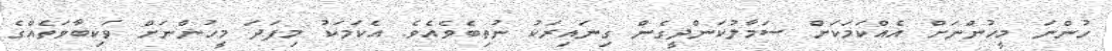
ހުންނަ މީހުންނަށް އެއްކަމަކަށް ސަމާލުކަންދީގެން ގިނައިރަކު ނުތިބެވެއެވެ. އެކަމަކު މިފަދަ މީހުންނަށް ވަކިބާވަތެއްގެ